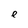
Character: e